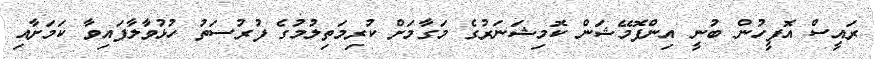
ރައީސް އޮފީހުން ބުނީ އިންފޮމޭޝަން ކޮމިޝަނަރުގެ މަގާމަށް ކުރިމަތިލުމުގެ ފުރުސަތު ހުޅުވާލާފައިވާ ކަމަށާއި